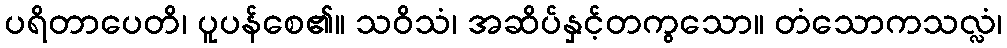
ပရိတာပေတိ၊ ပူပန်စေ၏။ သဝိသံ၊ အဆိပ်နှင့်တကွသော။ တံသောကသလ္လံ၊